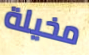
مخيلة